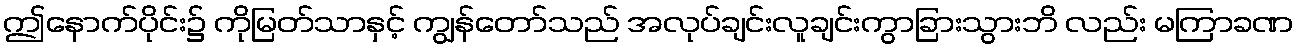
ဤနောက်ပိုင်း၌ ကိုမြတ်သာနှင့် ကျွန်တော်သည် အလုပ်ချင်းလူချင်းကွာခြားသွားဘိ လည်း မကြာခဏ